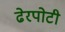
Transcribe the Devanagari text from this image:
ढेरपोटी